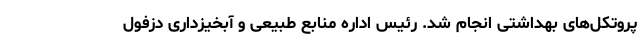
پروتکل‌های بهداشتی انجام شد. رئیس اداره منابع طبیعی و آبخیزداری دزفول